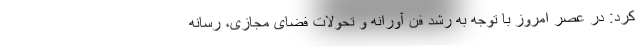
کرد: در عصر امروز با توجه به رشد فن آورانه و تحولات فضای مجازی، رسانه